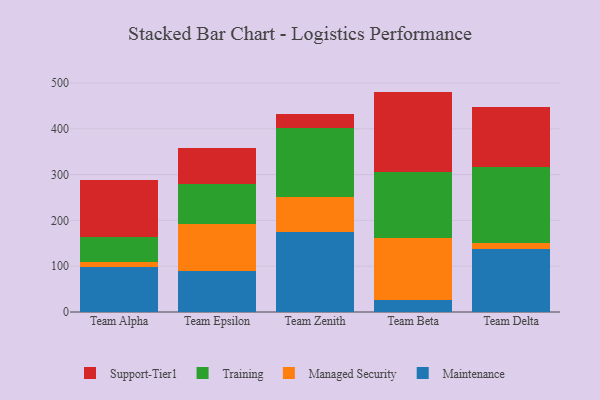
{"axis": {"x": "Team", "y": "Bounce Rate (%)"}, "legend": ["Maintenance", "Managed Security", "Support-Tier1", "Training"], "data": [{"x": "Team Alpha", "y": 97.2, "type": "Maintenance"}, {"x": "Team Alpha", "y": 12.9, "type": "Managed Security"}, {"x": "Team Alpha", "y": 54.7, "type": "Training"}, {"x": "Team Alpha", "y": 123.9, "type": "Support-Tier1"}, {"x": "Team Epsilon", "y": 88.9, "type": "Maintenance"}, {"x": "Team Epsilon", "y": 104.1, "type": "Managed Security"}, {"x": "Team Epsilon", "y": 85.7, "type": "Training"}, {"x": "Team Epsilon", "y": 79.0, "type": "Support-Tier1"}, {"x": "Team Zenith", "y": 175.1, "type": "Maintenance"}, {"x": "Team Zenith", "y": 76.0, "type": "Managed Security"}, {"x": "Team Zenith", "y": 150.7, "type": "Training"}, {"x": "Team Zenith", "y": 30.6, "type": "Support-Tier1"}, {"x": "Team Beta", "y": 25.5, "type": "Maintenance"}, {"x": "Team Beta", "y": 135.3, "type": "Managed Security"}, {"x": "Team Beta", "y": 145.2, "type": "Training"}, {"x": "Team Beta", "y": 175.2, "type": "Support-Tier1"}, {"x": "Team Delta", "y": 137.0, "type": "Maintenance"}, {"x": "Team Delta", "y": 13.3, "type": "Managed Security"}, {"x": "Team Delta", "y": 166.3, "type": "Training"}, {"x": "Team Delta", "y": 130.0, "type": "Support-Tier1"}]}